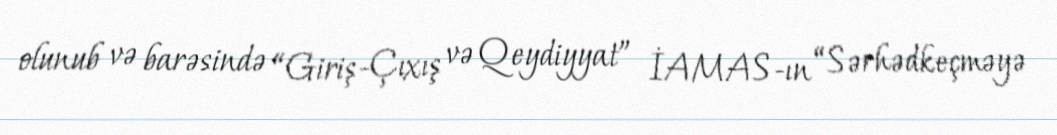
olunub və barəsində “Giriş-Çıxış və Qeydiyyat” İAMAS-ın “Sərhədkeçməyə